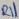
Text: R11